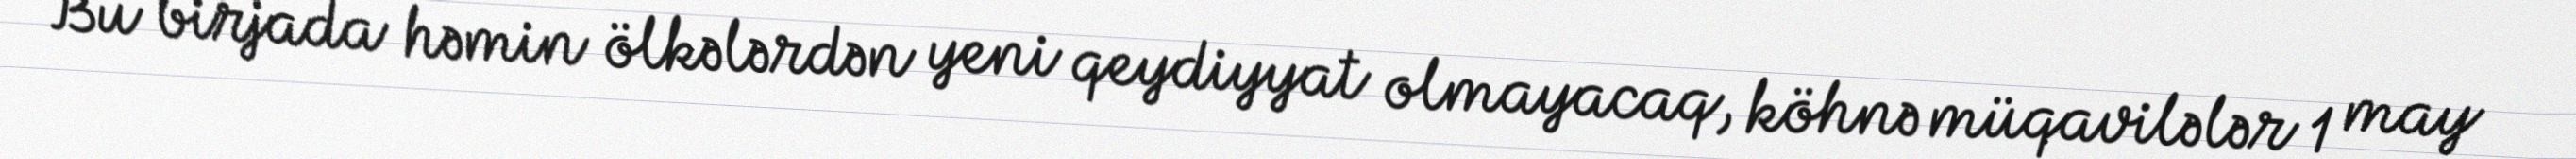
Bu birjada həmin ölkələrdən yeni qeydiyyat olmayacaq, köhnə müqavilələr 1 may